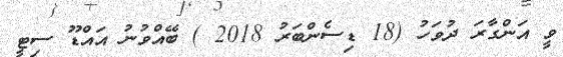
ވީ އަންގާރަ ދުވަހު (18 ޑިސެންބަރު 2018 ) ބޭއްވުނު އައްޑޫ ސިޓީ